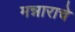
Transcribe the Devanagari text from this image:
मन्नाराचे